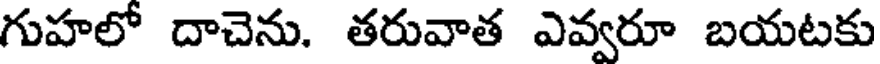
గుహలో దాచెను. తరువాత ఎవ్వరూ బయటకు